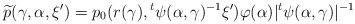
LaTeX: \begin{align*} \widetilde{p}(\gamma,\alpha,\xi') = p_{0}(r(\gamma),{}^{t}\psi(\alpha,\gamma)^{-1}\xi')\varphi(\alpha) \vert {}^{t}\psi(\alpha,\gamma)\vert ^{-1}\end{align*}